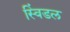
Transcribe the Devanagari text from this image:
स्विंडल